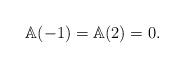
LaTeX: \begin{align*}\mathbb{A}(-1) = \mathbb{A}(2) = 0.\end{align*}